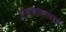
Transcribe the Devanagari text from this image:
अंथरूणालाच